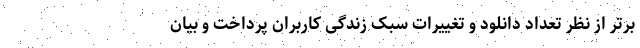
برتر از نظر تعداد دانلود و تغییرات سبک زندگی کاربران پرداخت و بیان